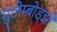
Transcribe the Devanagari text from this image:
मुतोम्बोड्झी